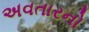
અવતારનો